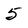
Character: 5